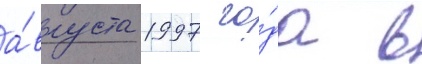
а́вгуста 1997 го́да в